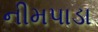
નીમપાડા